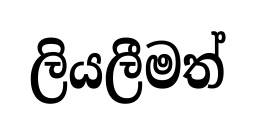
ලියලීමත්